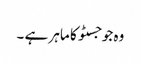
وہ جوجسٹو کا ماہر ہے ۔